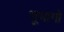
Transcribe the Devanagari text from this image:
भूभागो